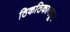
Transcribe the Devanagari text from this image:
ठिकठिकाणहून